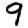
Digit: 9